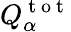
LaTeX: Q_{\alpha}^{\mathrm{~t~o~t~}}